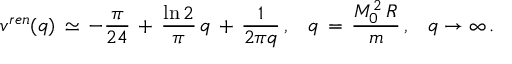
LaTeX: v ^ { r e n } ( q ) \, \simeq \, - \frac { \pi } { 2 4 } \, + \, \frac { \ln 2 } { \pi } \, q \, + \, \frac { 1 } { 2 \pi q } \, { , } \quad q \, = \, \frac { M _ { 0 } ^ { 2 } \, R } { m } \, { , } \quad q \to \infty \, { . }